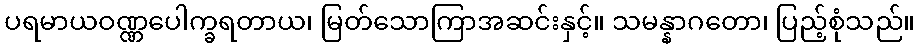
ပရမာယဝဏ္ဏပေါက္ခရတာယ၊ မြတ်သောကြာအဆင်းနှင့်။ သမန္နာဂတော၊ ပြည့်စုံသည်။